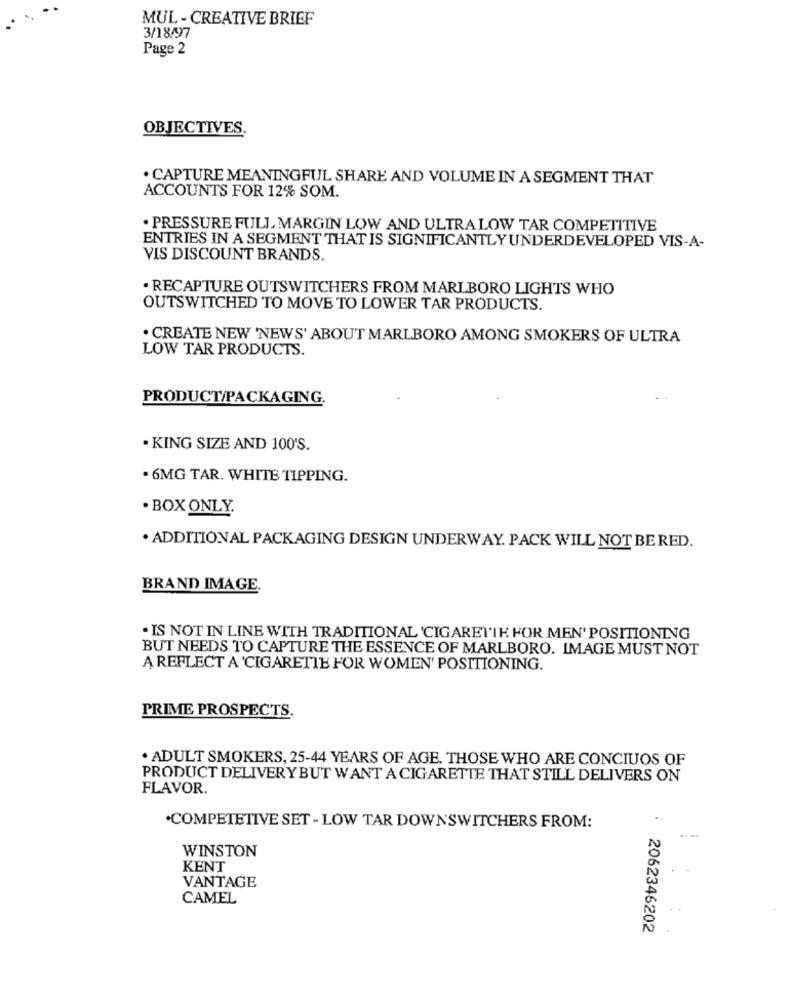
MUL - CREATIVE BRIEF
3/18/97
Page 2
OBJECTIVES
. CAPTURE MEANINGFUL SHARE AND VOLUME IN A SEGMENT THAT
ACCOUNTS FOR 12% SOM.
. PRESSURE FULL, MARGIN LOW AND ULTRALOW TAR COMPETITIVE
ENTRIES IN A SEGMENT THAT IS SIGNIFICANTLY UNDERDEVELOPED VIS-A-
VIS DISCOUNT BRANDS.
. RECAPTURE OUTSWITCHERS FROM MARLBORO LIGHTS WHO
OUTSWITCHED TO MOVE TO LOWER TAR PRODUCTS.
· CREATE NEW 'NEWS' ABOUT MARLBORO AMONG SMOKERS OF ULTRA
LOW TAR PRODUCTS.
PRODUCT/PACKAGING.
· KING SIZE AND 100'S.
. 6MG TAR. WHITE TIPPING.
. BOX ONLY.
. ADDITIONAL PACKAGING DESIGN UNDERWAY. PACK WILL NOT BE RED.
BRAND IMAGE.
. IS NOT IN LINE WITH TRADITIONAL 'CIGARETTE HOR MEN' POSITIONING
BUT NEEDS TO CAPTURE THE ESSENCE OF MARLBORO. IMAGE MUST NOT
A REFLECT A 'CIGARETTE FOR WOMEN' POSITIONING.
PRIME PROSPECTS.
. ADULT SMOKERS, 25-44 YEARS OF AGE. THOSE WHO ARE CONCIUOS OF
PRODUCT DELIVERY BUT WANT A CIGARETTE THAT STILL DELIVERS ON
FLAVOR.
.COMPETETIVE SET - LOW TAR DOWNSWITCHERS FROM:
WINSTON
KENT
VANTAGE
CAMEL
2062346202